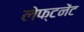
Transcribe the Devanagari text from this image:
लेफ्टनेंट